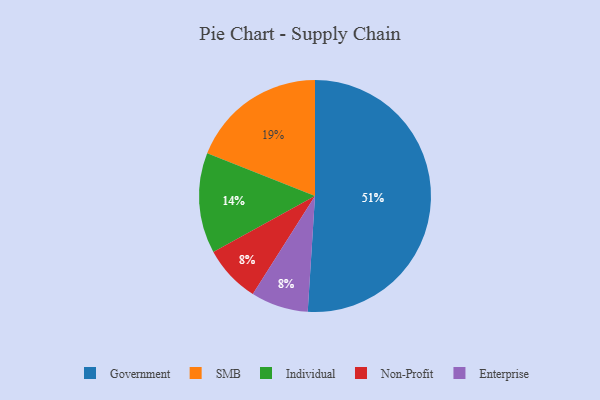
{"axis": {"x": "Category", "y": "Percentage"}, "legend": ["Enterprise", "Government", "Individual", "Non-Profit", "SMB"], "data": [{"x": "Individual", "y": 14, "type": "Individual"}, {"x": "Non-Profit", "y": 8, "type": "Non-Profit"}, {"x": "Government", "y": 51, "type": "Government"}, {"x": "Enterprise", "y": 8, "type": "Enterprise"}, {"x": "SMB", "y": 19, "type": "SMB"}]}